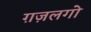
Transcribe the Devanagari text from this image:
ग़ज़लगो